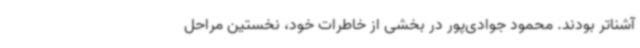
آشناتر بودند. محمود جوادی‌پور در بخشی از خاطرات خود، نخستین مراحل